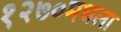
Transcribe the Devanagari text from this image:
१२७०मधला